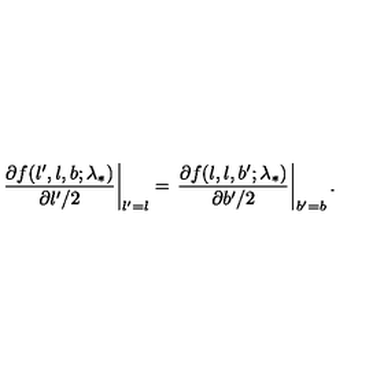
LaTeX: \left. \frac { \partial f ( l ^ { \prime } , l , b ; \lambda _ { * } ) } { \partial l ^ { \prime } / 2 } \right| _ { l ^ { \prime } = l } = \left. \frac { \partial f ( l , l , b ^ { \prime } ; \lambda _ { * } ) } { \partial b ^ { \prime } / 2 } \right| _ { b ^ { \prime } = b } .